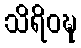
သိရိဝဍ္ဎ